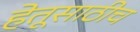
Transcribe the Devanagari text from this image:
हेतूसाठीच